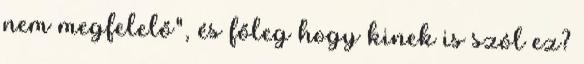
nem megfelelő", és főleg hogy kinek is szól ez?